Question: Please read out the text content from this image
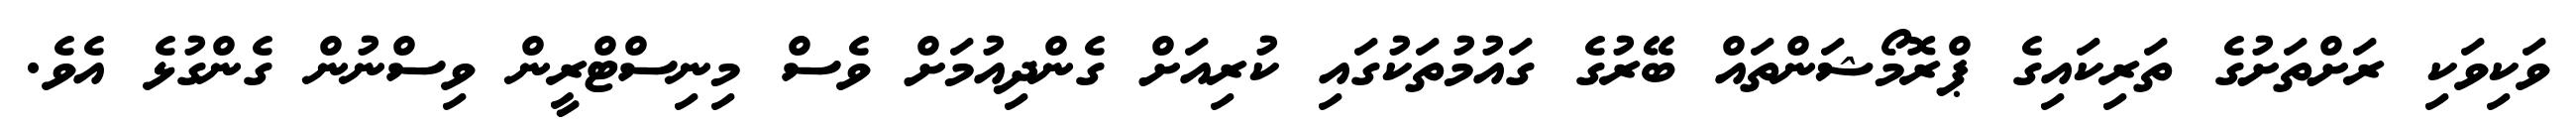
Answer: ވަކިވަކި ރަށްތަށުގެ ތަރިކައިގެ ޕްރޮމޯޝަންތައް ބޭރުގެ ގައުމުތަކުގައި ކުރިއަށް ގެންދިއުމަށް ވެސް މިނިސްޓްރީން ވިސްނުން ގެންގުޅެ އެވެ.